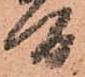
間